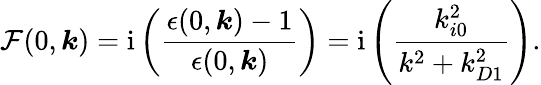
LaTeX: \mathcal{F}(0,\boldsymbol{k})=\mathrm{i}\left(\frac{\epsilon(0,\boldsymbol{k})-1}{\epsilon(0,\boldsymbol{k})}\right)=\mathrm{i}\left(\frac{k_{i0}^{2}}{k^{2}+k_{D1}^{2}}\right).